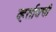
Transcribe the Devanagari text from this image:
व्हर्सायची